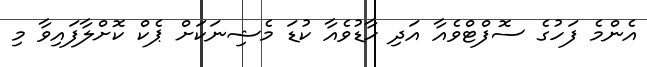
އެންމެ ފަހުގެ ސޮފްޓްވެއާ އަދި ހާޑުވެއާ ކުޑަ މެޝިނަކަށް ޕެކް ކޮށްލާފައިވާ މި